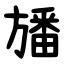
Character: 旙